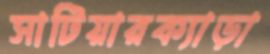
সাটিয়ারক্যাড়া